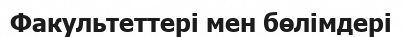
Факультеттері мен бөлімдері